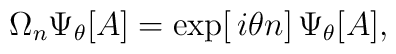
\Omega_n\Psi_\theta[A]=\exp [\, i\theta n ]\,\Psi_\theta[A],